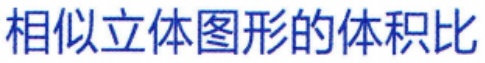
相似立体图形的体积比